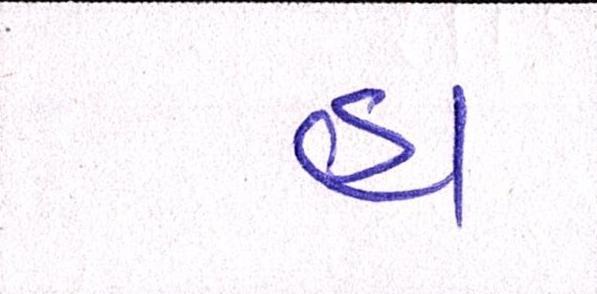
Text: હા